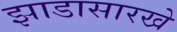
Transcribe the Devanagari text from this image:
झाडासारखे